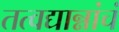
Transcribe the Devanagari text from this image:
तत्वद्यान्नांचं